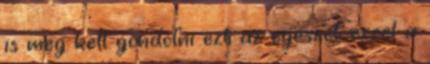
is meg kell gondolni ezt az egészet ezzel a